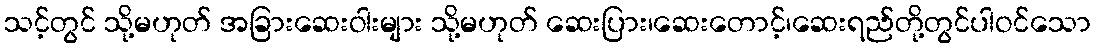
သင့်တွင် သို့မဟုတ် အခြားဆေးဝါးများ သို့မဟုတ် ဆေးပြား၊ဆေးတောင့်၊ဆေးရည်တို့တွင်ပါဝင်သော